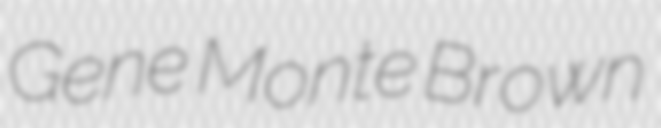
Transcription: Gene Monte Brown